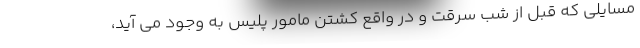
مسایلی که قبل از شب سرقت و در واقع کشتن مامور پلیس به وجود می آید،